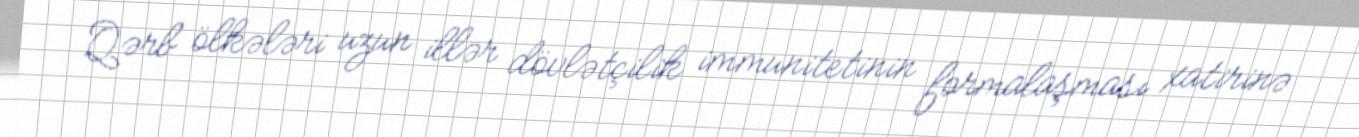
Qərb ölkələri uzun illər dövlətçilik immunitetinin formalaşması xatirinə